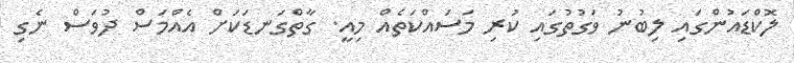
ލޮކްޑައުންގައި ލިބުނު ވަގުތުގައި ކުރި މަސައްކަތެއް މިއީ. ގާތްގަނޑަކަށް އެއްމަސް ދުވަސް ނެގި